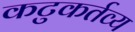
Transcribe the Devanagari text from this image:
कटुकर्तव्य